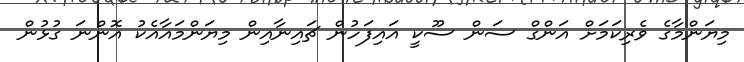
މިޔަންމާގެ ވެރިކަމަށް އަންގް ސަން ސޫކީ އައިފަހުން ޗައިނާއިން މިޔަންމައާއެކު އޮންނަ ގުޅުން